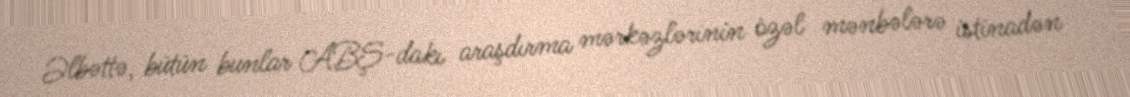
Əlbəttə, bütün bunlar ABŞ-dakı araşdırma mərkəzlərinin özəl mənbələrə istinadən